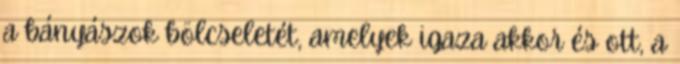
a bányászok bölcseletét, amelyek igaza akkor és ott, a